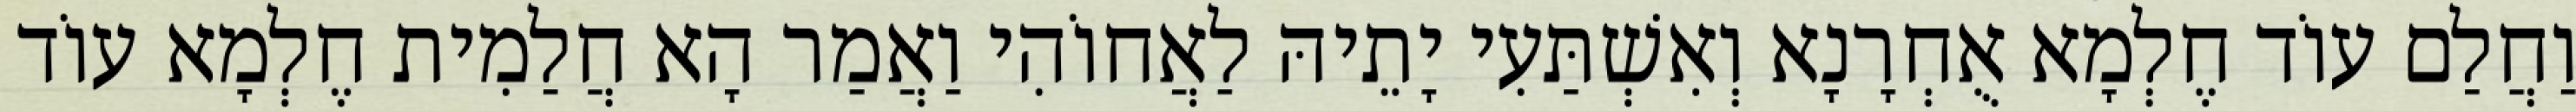
וַחֲלַם עוֹד חֶלְמָא אֻחְרָנָא וְאִשְׁתַּעִי יָתֵיהּ לַאֲחוֹהִי וַאֲמַר הָא חֲלַמִית חֶלְמָא עוֹד